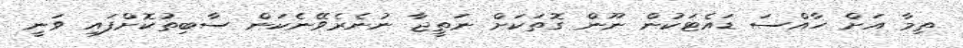
ތިމާ އަށް ހާއްސަ ޑައެޓަކުން ނޫން ގޮތަކަށް ނަތީޖާ ނުނެރެވޭނެކަން ސާބިތުކޮށްފައި ވަނީ